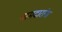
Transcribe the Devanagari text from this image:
नामदारांना